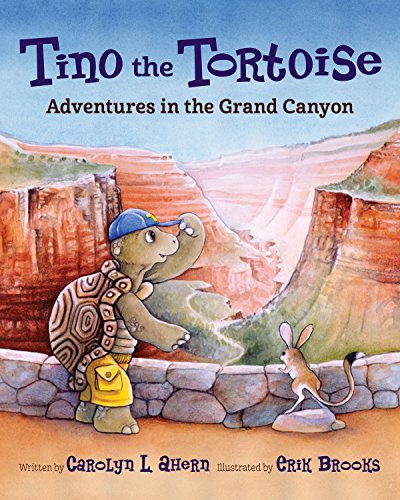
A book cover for Tino the Tortoise: Adventures in the Grand Canyon; Carolyn L. Ahern; Children's Books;